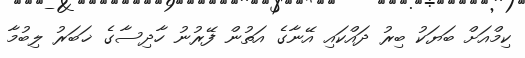
ކިމްއަށް ބަޔަކު ބިރު ދައްކައި އޭނާގެ އަތުން ފޭރުނު ހާދިސާގެ ޚަބަރު ލިބުމާ